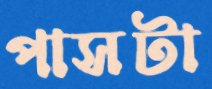
পাসটা